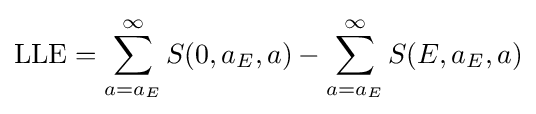
\mathrm {LLE} =\sum _{a=a_{E}}^{\infty }S(0,a_{E},a)-\sum _{a=a_{E}}^{\infty }S(E,a_{E},a)